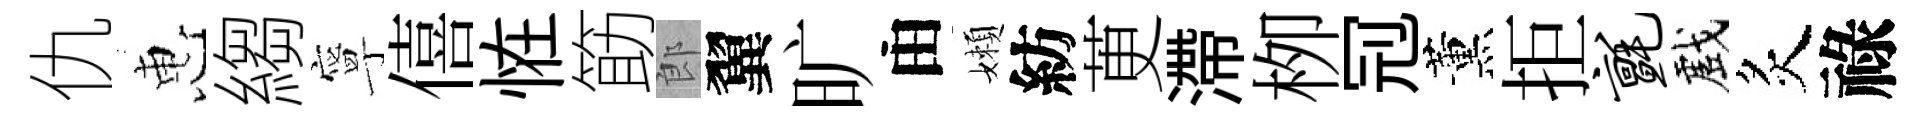
仇惠縐寧僖恠筯郎翼旷由嬾紡茰滯栁𠜍薰拒毡戲炙祿